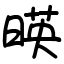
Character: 暎